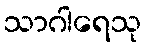
သာဂါရေသု